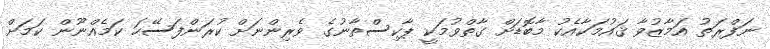
ނަފްރަތު އަމާޒުވާ ޤައުމަކާއެކު މާބޮޑަށް ގާތްވުމަކީ ޕާކިސްތާނުގެ ވެރިންނަށް ކުރަންފަސޭހަ ކަމެއްނޫން ކަމަށް